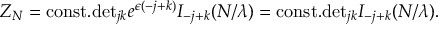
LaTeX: Z _ { N } = \mathrm { c o n s t . } \mathrm { d e t } _ { j k } e ^ { \epsilon ( - j + k ) } I _ { - j + k } ( N / \lambda ) = \mathrm { c o n s t . } \mathrm { d e t } _ { j k } I _ { - j + k } ( N / \lambda ) .